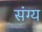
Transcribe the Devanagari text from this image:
संग्य